Report of the Indian Hemp Drugs Commission, 1894-1895 - Volume IV
Year: 1894
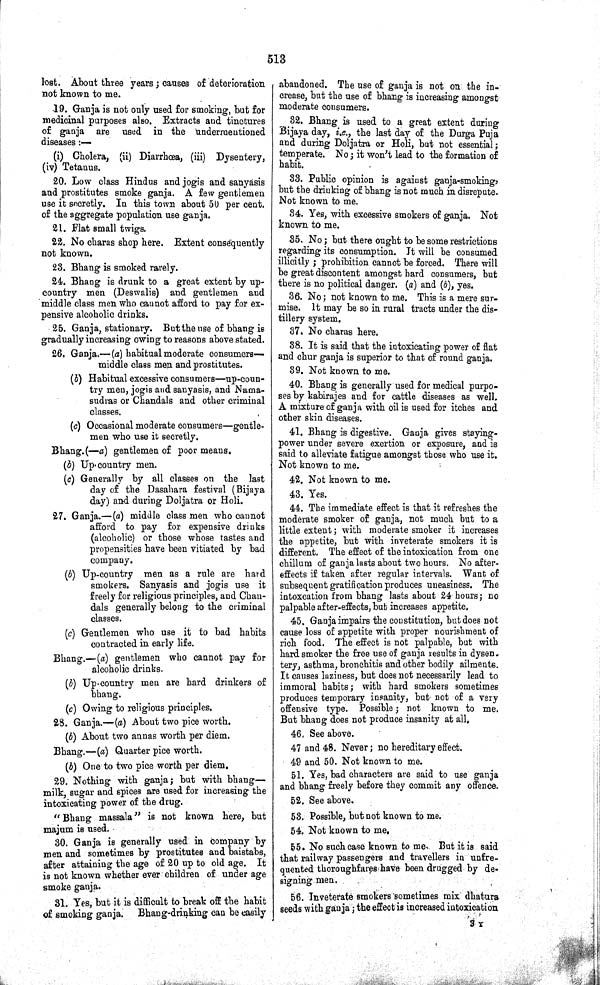
513
lost. About three years; causes of deterioration
not known to me.
19. Ganja is not only used for smoking, but for
medicinal purposes also. Extracts and tinctures
of ganja are used in the undermentioned
diseases:—
(i) Cholera, (ii) Diarrhœa, (iii) Dysentery,
(iv) Tetanus.
20. Low class Hindus and jogis and sanyasis
and prostitutes smoke ganja. A few gentlemen
use it secretly. In this town about 50 per cent.
of the aggregate population use ganja.
21. Flat small twigs.
22. No charas shop here. Extent consequently
not known.
23. Bhang is smoked rarely.
24. Bhang is drunk to a great extent by up-
country men (Deswalis) and gentlemen and
middle class men who cannot afford to pay for ex-
pensive alcoholic drinks.
25. Ganja, stationary. But the use of bhang is
gradually increasing owing to reasons above stated.
26. Ganja.—(a) habitual moderate consumers-
middle class men and prostitutes.
(b) Habitual excessive consumers—up-coun-
try men, jogis and sanyasis, and Nama-
sudras or Chandals and other criminal
classes.
(c) Occasional moderate consumers—gentle-
men who use it secretly.
Bhang.(—a) gentlemen of poor means.
(b) Up-country men.
(c) Generally by all classes on the last
day of the Dasahara festival (Bijaya
day) and during Doljatra or Holi.
27. Ganja.—(a) middle class men who cannot
afford to pay for expensive drinks
(alcoholic) or those whose tastes and
propensities have been vitiated by bad
company.
(b) Up-country men as a rule are hard
smokers. Sanyasis and jogis use it
freely for religious principles, and Chan-
dals generally belong to the criminal
classes.
(c) Gentlemen who use it to bad habits
contracted in early life.
Bhang.—(a) gentlemen who cannot pay for
alcoholic drinks.
(b) Up-country men are hard drinkers of
bhang.
(c) Owing to religious principles.
28. Ganja.—(a) About two pice worth.
(b) About two annas worth per diem.
Bhang.—(a) Quarter pice worth.
(b) One to two pice worth per diem.
29. Nothing with ganja; but with bhang—
milk, sugar and spices are used for increasing the
intoxicating power of the drug.
"Bhang massala" is not known here, but
majum is used.
30. Ganja is generally used in company by
men and sometimes by prostitutes and baistabs,
after attaining the age of 20 up to old age. It
is not known whether ever children of under age
smoke ganja.
31. Yes, but it is difficult to break off the habit
of smoking ganja.
Bhang-drinking can be easily
abandoned. The use of ganja is not on the in-
crease, but the use of bhang is increasing amongst
moderate consumers.
32. Bhang is used to a great extent during
Bijaya day, i.e., the last day of the Durga Puja
and during Doljatra or Holi, but not essential;
temperate. No; it won't lead to the formation of
habit.
33. Public opinion is against ganja-smoking,
but the drinking of bhang is not much in disrepute.
Not known to me.
34. Yes, with excessive smokers of ganja. Not
known to me.
35. No; but there ought to be some restrictions
regarding its consumption. It will be consumed
illicitly; prohibition cannot be forced. There will
be great discontent amongst hard consumers, but
there is no political danger. (a) and (b), yes.
36. No; not known to me. This is a mere sur-
mise. It may be so in rural tracts under the dis-
tillery system.
37. No charas here.
38. It is said that the intoxicating power of flat
and chur ganja is superior to that of round ganja.
39. Not known to me.
40. Bhang is generally used for medical purpo-
ses by kabirajes and for cattle diseases as well.
A mixture of ganja with oil is used for itches and
other skin diseases.
41. Bhang is digestive. Ganja gives staying-
power under severe exertion or exposure, and is
said to alleviate fatigue amongst those who use it.
Not known to me.
42. Not known to me.
43. Yes.
44. The immediate effect is that it refreshes the
moderate smoker of ganja, not much but to a
little extent; with moderate smoker it increases
the appetite, but with inveterate smokers it is
different. The effect of the intoxication from one
chillum of ganja lasts about two hours. No after-
effects if taken after regular intervals. Want of
subsequent gratification produces uneasiness. The
intoxcation from bhang lasts about 24 hours; no
palpable after-effects, but increases appetite.
45. Ganja impairs the constitution, but does not
cause loss of appetite with proper nourishment of
rich food. The effect is not palpable, but with
hard smoker the free use of ganja results in dysen-
tery, asthma, bronchitis and other bodily ailments.
It causes laziness, but does not necessarily lead to
immoral habits; with hard smokers sometimes
produces temporary insanity, but not of a very
offensive type. Possible; not known to me.
But bhang does not produce insanity at all,
46. See above.
47 and 48. Never; no hereditary effect.
49 and 50. Not known to me.
51. Yes, bad characters are said to use ganja
and bhang freely before they commit any offence.
52. See above.
53. Possible, but not known to me.
54. Not known to me.
55. No such case known to me. But it is said
that railway passengers and travellers in unfre-
quented thoroughfares have been drugged by de-
signing men.
56. Inveterate smokers sometimes mix dhatura
seeds with gauja; the effect is increased intoxication
3Y